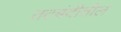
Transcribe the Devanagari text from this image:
तटबंदीतील